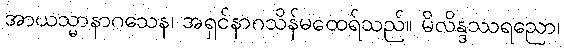
အာယသ္မာနာဂသေန၊ အရှင်နာဂသိန်မထေရ်သည်။ မိလိန္ဒဿရညော၊